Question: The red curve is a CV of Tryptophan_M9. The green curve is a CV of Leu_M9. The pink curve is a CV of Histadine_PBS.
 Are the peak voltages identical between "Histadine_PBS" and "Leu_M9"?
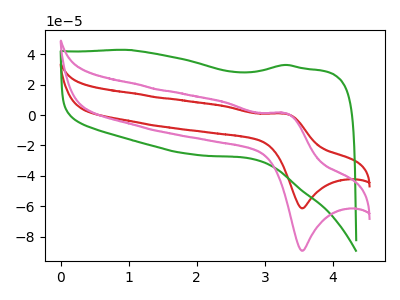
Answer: <think>The red curve "Tryptophan_M9" has an anodic peak at (3.30V, 0.90uA) and a cathodic peak at (3.55V, -61.30uA). The green curve "Leu_M9" has no peaks. The pink curve "Histadine_PBS" has an anodic peak at (3.30V, 1.30uA) and a cathodic peak at (3.55V, -89.15uA).</think>
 <answer>No, "Histadine_PBS" and "Leu_M9" have a different number of peaks.</answer>
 <eval>different_amount</eval>